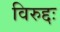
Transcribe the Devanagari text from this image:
विरुद्दः